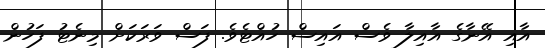
އާއި އޭނާގެ އާއިލާ ވެސް އައިސް ހުއްޓެވެ. ފަސް ވަރަކަށް މިނެޓު ފަހުން